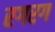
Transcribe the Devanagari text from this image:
रगरग